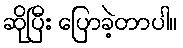
ဆိုပြီး ပြောခဲ့တာပါ။